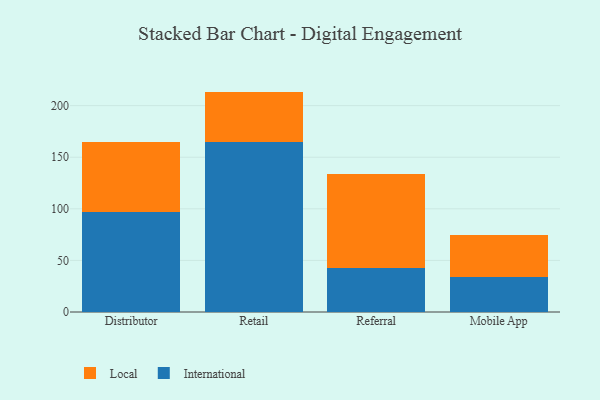
{"axis": {"x": "Channel", "y": "Budget (USD K)"}, "legend": ["International", "Local"], "data": [{"x": "Distributor", "y": 97.3, "type": "International"}, {"x": "Distributor", "y": 67.2, "type": "Local"}, {"x": "Retail", "y": 165.0, "type": "International"}, {"x": "Retail", "y": 48.6, "type": "Local"}, {"x": "Referral", "y": 42.8, "type": "International"}, {"x": "Referral", "y": 90.7, "type": "Local"}, {"x": "Mobile App", "y": 34.3, "type": "International"}, {"x": "Mobile App", "y": 40.4, "type": "Local"}]}